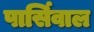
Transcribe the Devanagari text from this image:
पार्सिवाल